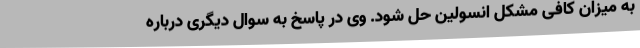
به میزان کافی مشکل انسولین حل شود. وی در پاسخ به سوال دیگری درباره